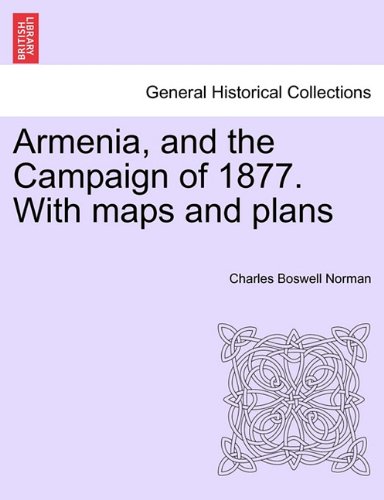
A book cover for Armenia, and the Campaign of 1877. With maps and plans; Charles Boswell Norman; Travel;